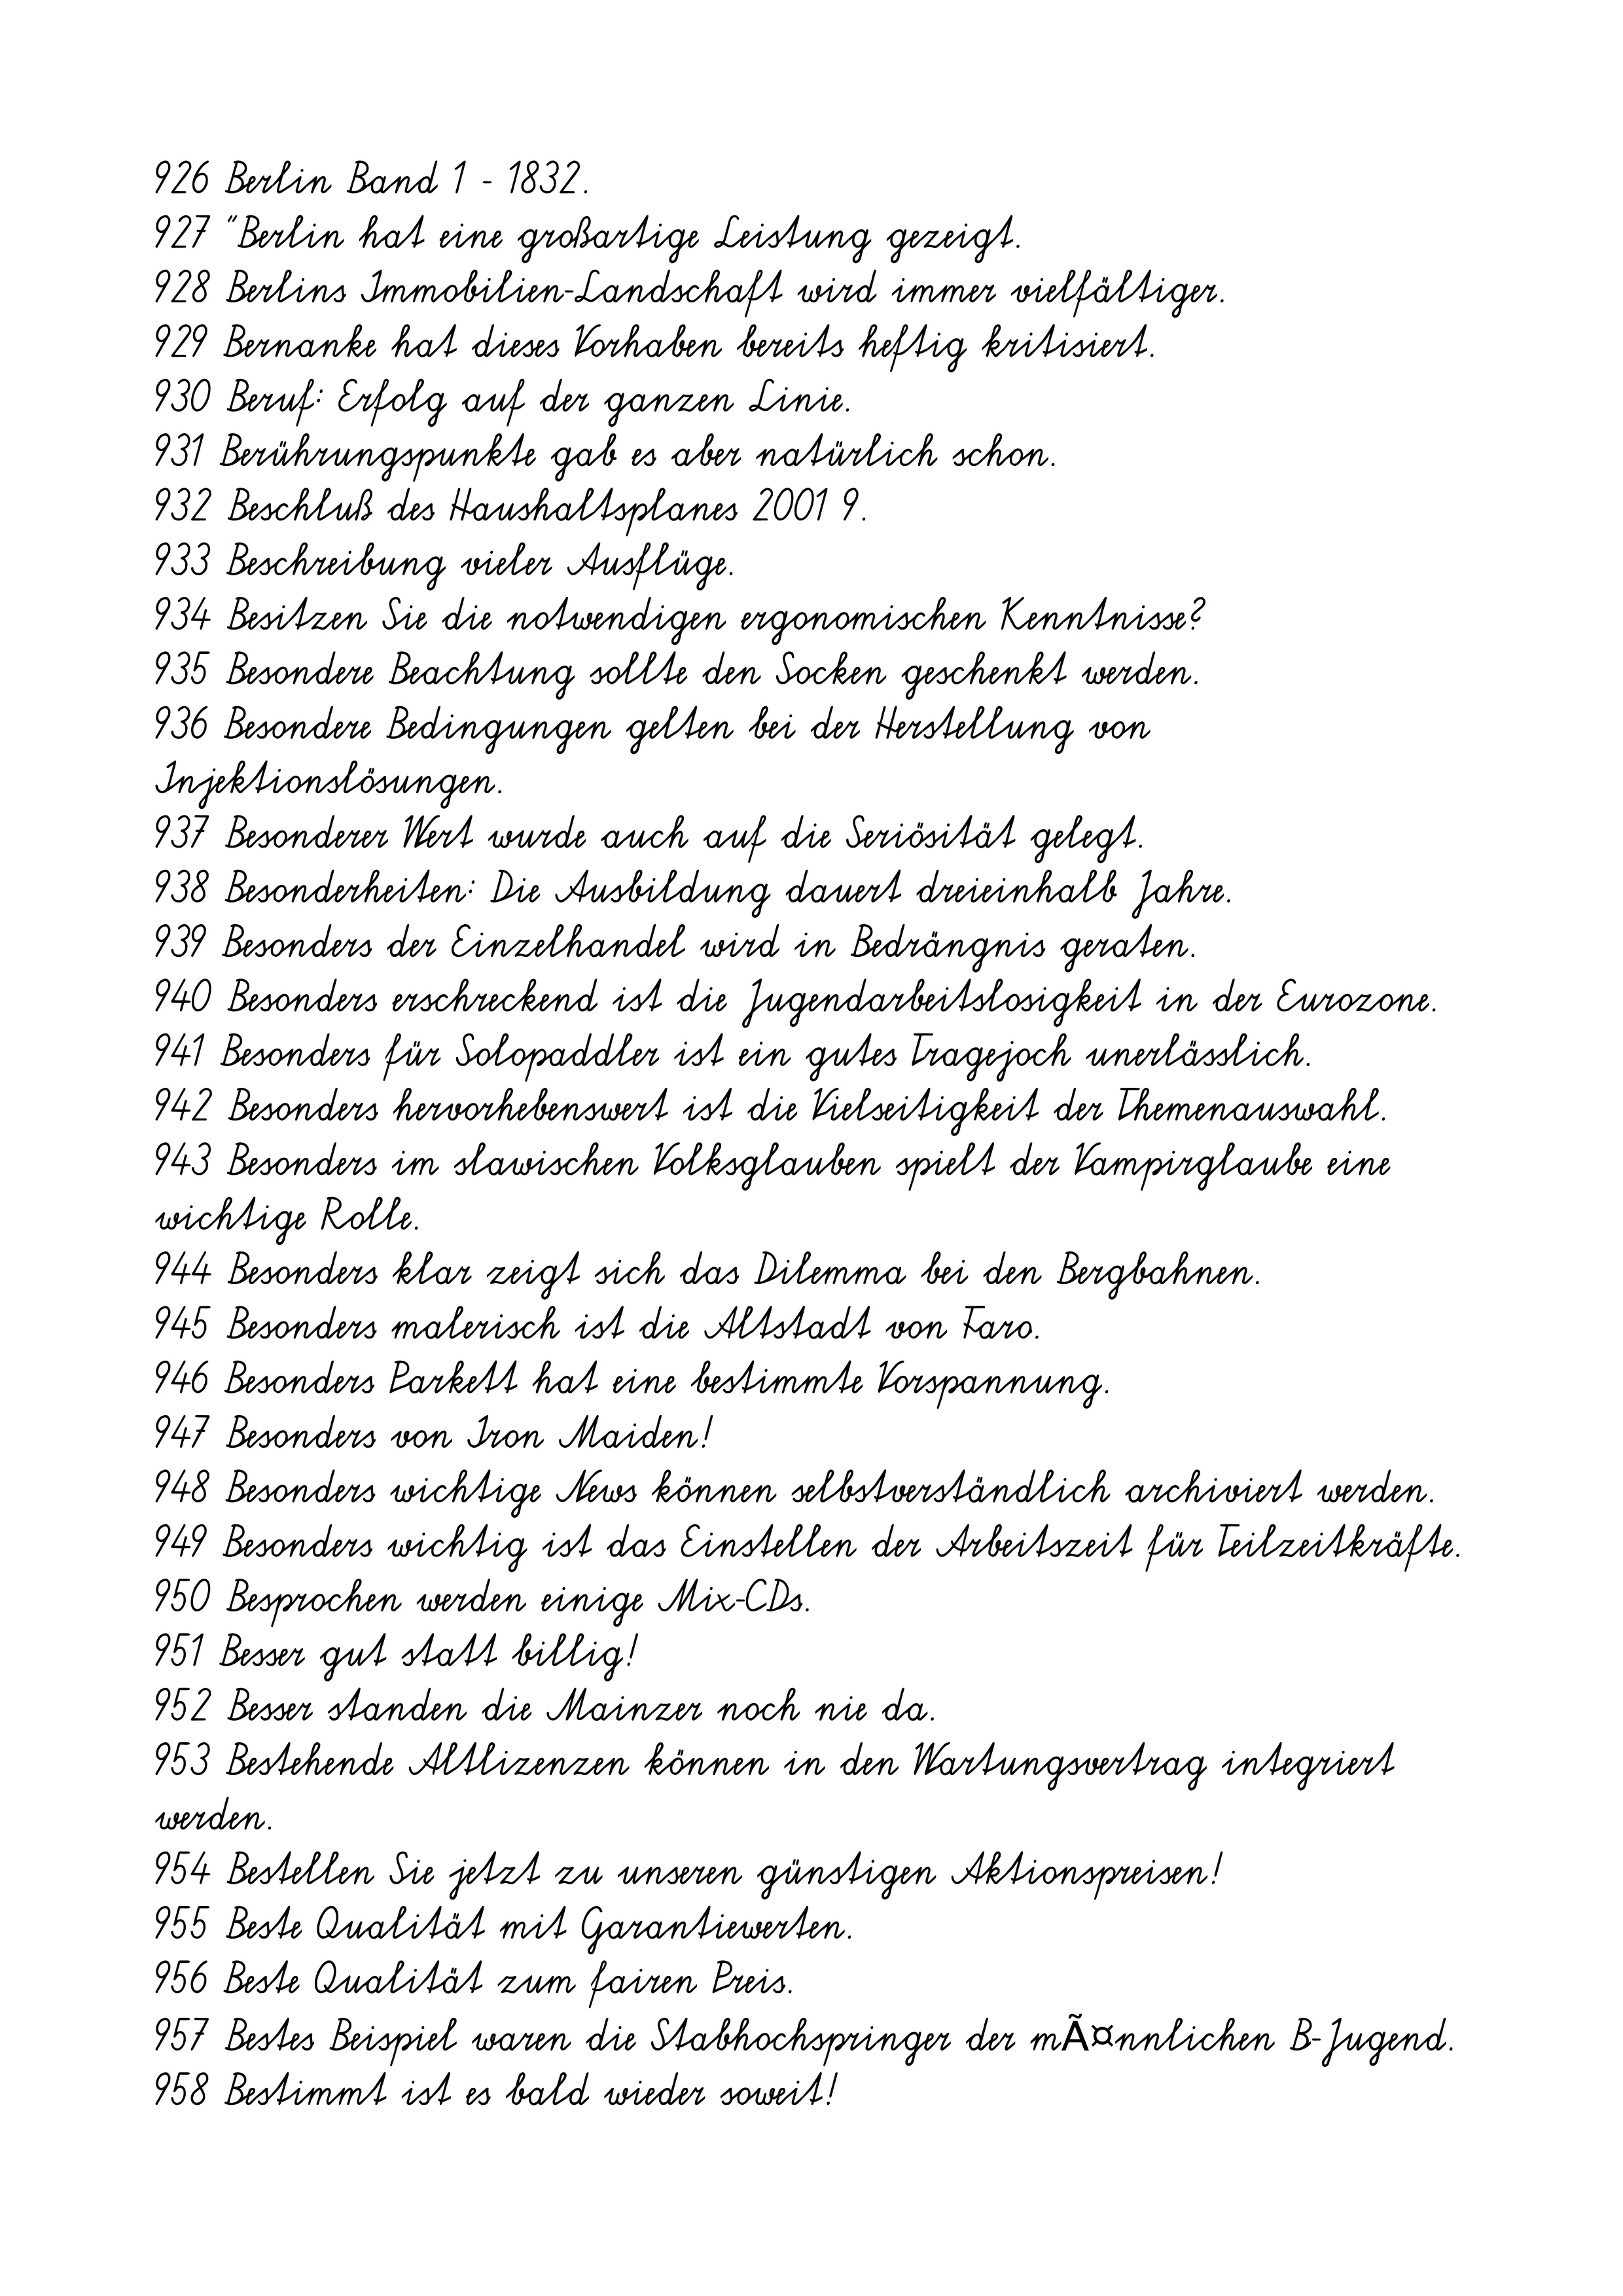
926 Berlin Band 1 - 1832.
927 "Berlin hat eine großartige Leistung gezeigt.
928 Berlins Immobilien-Landschaft wird immer vielfältiger.
929 Bernanke hat dieses Vorhaben bereits heftig kritisiert.
930 Beruf: Erfolg auf der ganzen Linie.
931 Berührungspunkte gab es aber natürlich schon.
932 Beschluß des Haushaltsplanes 2001 9.
933 Beschreibung vieler Ausflüge.
934 Besitzen Sie die notwendigen ergonomischen Kenntnisse?
935 Besondere Beachtung sollte den Socken geschenkt werden.
936 Besondere Bedingungen gelten bei der Herstellung von
Injektionslösungen.
937 Besonderer Wert wurde auch auf die Seriösität gelegt.
938 Besonderheiten: Die Ausbildung dauert dreieinhalb Jahre.
939 Besonders der Einzelhandel wird in Bedrängnis geraten.
940 Besonders erschreckend ist die Jugendarbeitslosigkeit in der Eurozone.
941 Besonders für Solopaddler ist ein gutes Tragejoch unerlässlich.
942 Besonders hervorhebenswert ist die Vielseitigkeit der Themenauswahl.
943 Besonders im slawischen Volksglauben spielt der Vampirglaube eine
wichtige Rolle.
944 Besonders klar zeigt sich das Dilemma bei den Bergbahnen.
945 Besonders malerisch ist die Altstadt von Faro.
946 Besonders Parkett hat eine bestimmte Vorspannung.
947 Besonders von Iron Maiden!
948 Besonders wichtige News können selbstverständlich archiviert werden.
949 Besonders wichtig ist das Einstellen der Arbeitszeit für Teilzeitkräfte.
950 Besprochen werden einige Mix-CDs.
951 Besser gut statt billig!
952 Besser standen die Mainzer noch nie da.
953 Bestehende Altlizenzen können in den Wartungsvertrag integriert
werden.
954 Bestellen Sie jetzt zu unseren günstigen Aktionspreisen!
955 Beste Qualität mit Garantiewerten.
956 Beste Qualität zum fairen Preis.
957 Bestes Beispiel waren die Stabhochspringer der mÃ¤nnlichen B-Jugend.
958 Bestimmt ist es bald wieder soweit!